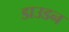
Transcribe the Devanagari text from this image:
डाउडन